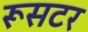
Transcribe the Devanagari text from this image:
रूसटर